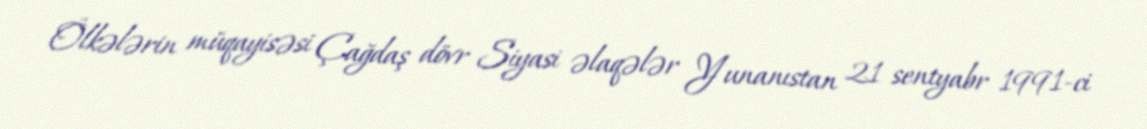
Ölkələrin müqayisəsi Çağdaş dövr Siyasi əlaqələr Yunanıstan 21 sentyabr 1991-ci